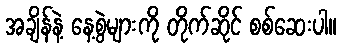
အချိန်နဲ့ နေ့စွဲများကို တိုက်ဆိုင် စစ်ဆေးပါ။